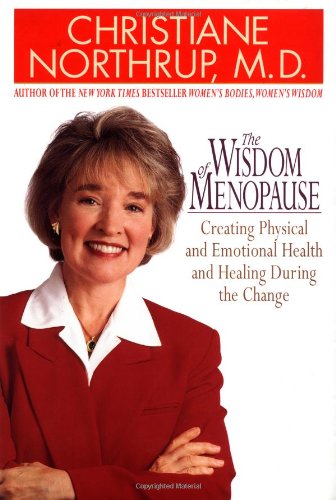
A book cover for The Wisdom of Menopause: Creating Physical and Emotional Health and Healing During the Change; Christiane Northrup; Health, Fitness & Dieting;